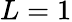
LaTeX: L=1